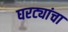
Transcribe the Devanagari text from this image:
घरट्यांचा